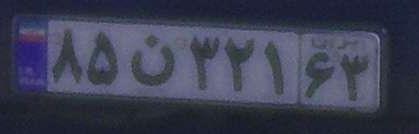
۸۵ن۳۲۱۶۳